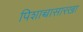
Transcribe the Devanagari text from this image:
पिशाच्चासारखा